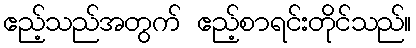
ဧည့်သည်အတွက် ဧည့်စာရင်းတိုင်သည်။